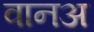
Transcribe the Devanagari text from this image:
वानअ